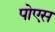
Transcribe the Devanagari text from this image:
पोएस